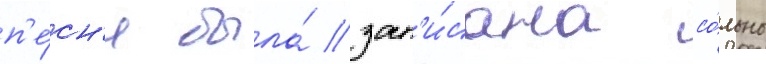
п'е́сн'я была́ зап'и́сана со́льно